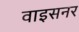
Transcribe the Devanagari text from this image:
वाइसनर